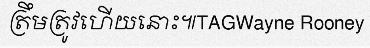
ត្រឹមត្រូវហើយនោះ៕TAGWayne Rooney